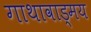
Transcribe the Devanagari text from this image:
गाथावाड्मय